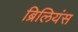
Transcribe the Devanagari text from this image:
ब्रिलियंस